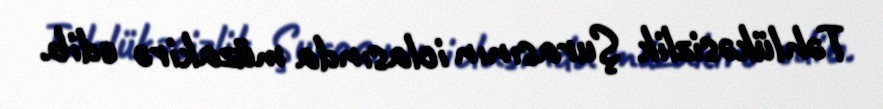
Təhlükəsizlik Şurasının iclasında müzakirə edib.